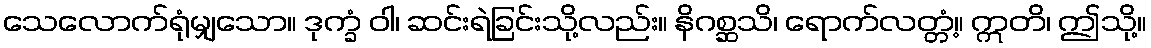
သေလောက်ရုံမျှသော။ ဒုက္ခံ ဝါ၊ ဆင်းရဲခြင်းသို့လည်း။ နိဂစ္ဆသိ၊ ရောက်လတ္တံ့။ ဣတိ၊ ဤသို့။